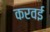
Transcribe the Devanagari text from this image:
करवई